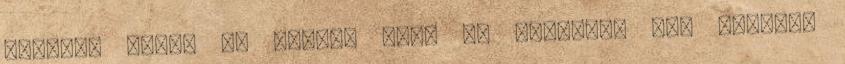
illetve pisze és csüngő orr. 4. Keskeny, --- széles,